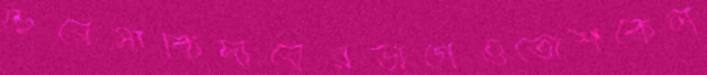
চেরেসাকিদারেরভাগেওতোশকেল